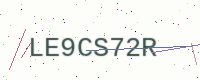
Text: LE9CS72R